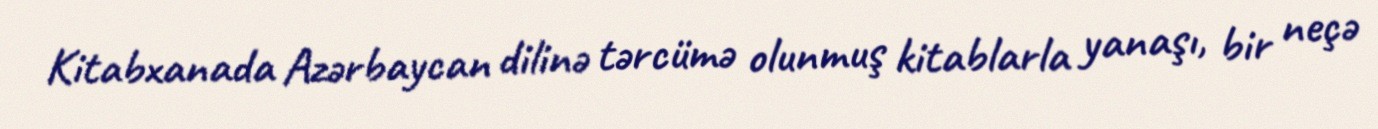
Kitabxanada Azərbaycan dilinə tərcümə olunmuş kitablarla yanaşı, bir neçə